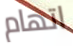
اتهام